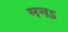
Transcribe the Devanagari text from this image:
मनऽ